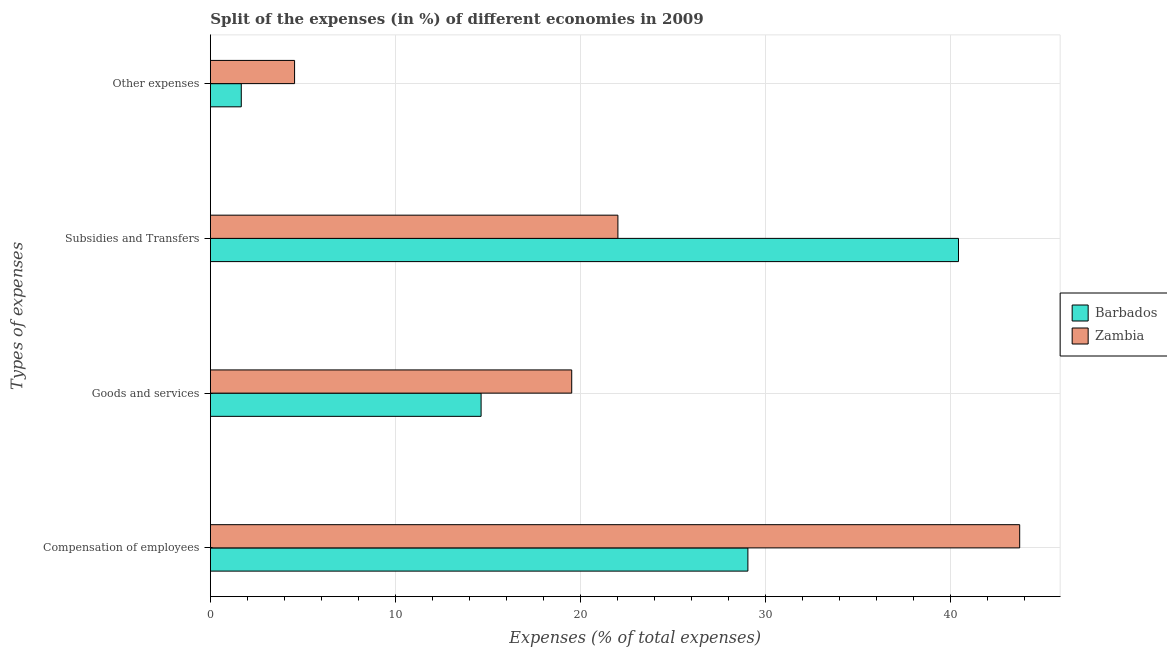
| Types of expenses | Barbados | Zambia |
 | --- | --- | --- |
 | Compensation of employees | 29.1 | 43.8 |
 | Goods and services | 14.6 | 19.5 |
 | Subsidies and Transfers | 40.5 | 22 |
 | Other expenses | 1.67 | 4.55 |